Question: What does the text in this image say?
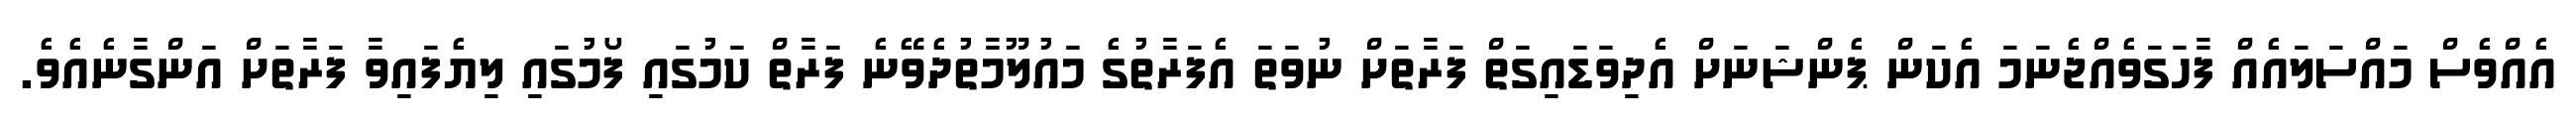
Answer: އެއްވެސް މައްސަލައެއް ފާހަގަވެއްޖެނަމަ އެކަން ޕެންޝަނަށް އެދިވަޑައިގަތް ފަރާތަށް ނުވަތަ އެފަރާތުގެ މައުލޫމާތުދެވޭނެ ފަރާތް ކަމުގައި ފޯމުގައި ލިޔެފައިވާ ފަރާތަށް އަންގާނެއެވެ.